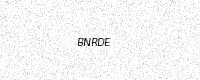
Text: BNRDE